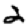
Digit: 2